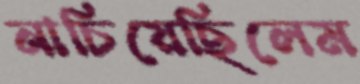
নাচিয়েছিলেম